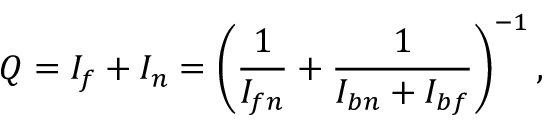
Q = I _ { f } + I _ { n } = \left( \frac { 1 } { I _ { f n } } + \frac { 1 } { I _ { b n } + I _ { b f } } \right) ^ { - 1 } ,